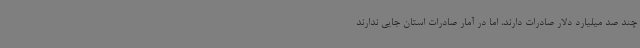
چند صد میلیارد دلار صادرات دارند، اما در آمار صادرات استان جایی ندارند